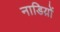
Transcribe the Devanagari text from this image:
नाडिय़ों